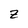
Character: z